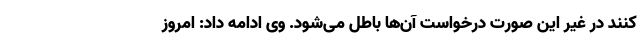
کنند در غیر این صورت درخواست آن‌ها باطل می‌شود. وی ادامه داد: امروز